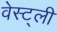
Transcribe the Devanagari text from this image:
वेस्ट्ली